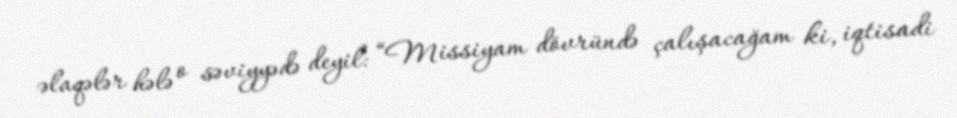
əlaqələr hələ o səviyyədə deyil: “Missiyam dövründə çalışacağam ki, iqtisadi